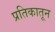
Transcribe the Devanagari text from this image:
प्रतिकातून